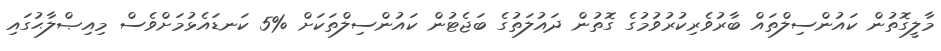
މާލީގޮތުން ކައުންސިލްތައް ބާރުވެރިކުރުވުމުގެ ގޮތުން ދައުލަތުގެ ބަޖެޓުން ކައުންސިލްތަކަށް %5 ކަނޑައެޅުމަށްވެސް މިއިޞްލާޙުގައި